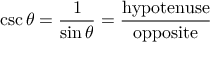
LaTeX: \csc \theta = { \frac { 1 } { \sin \theta } } = { \frac { \mathrm { h y p o t e n u s e } } { \mathrm { o p p o s i t e } } }